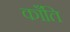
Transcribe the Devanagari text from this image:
काँति